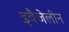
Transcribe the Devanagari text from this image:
इवैजेलीन